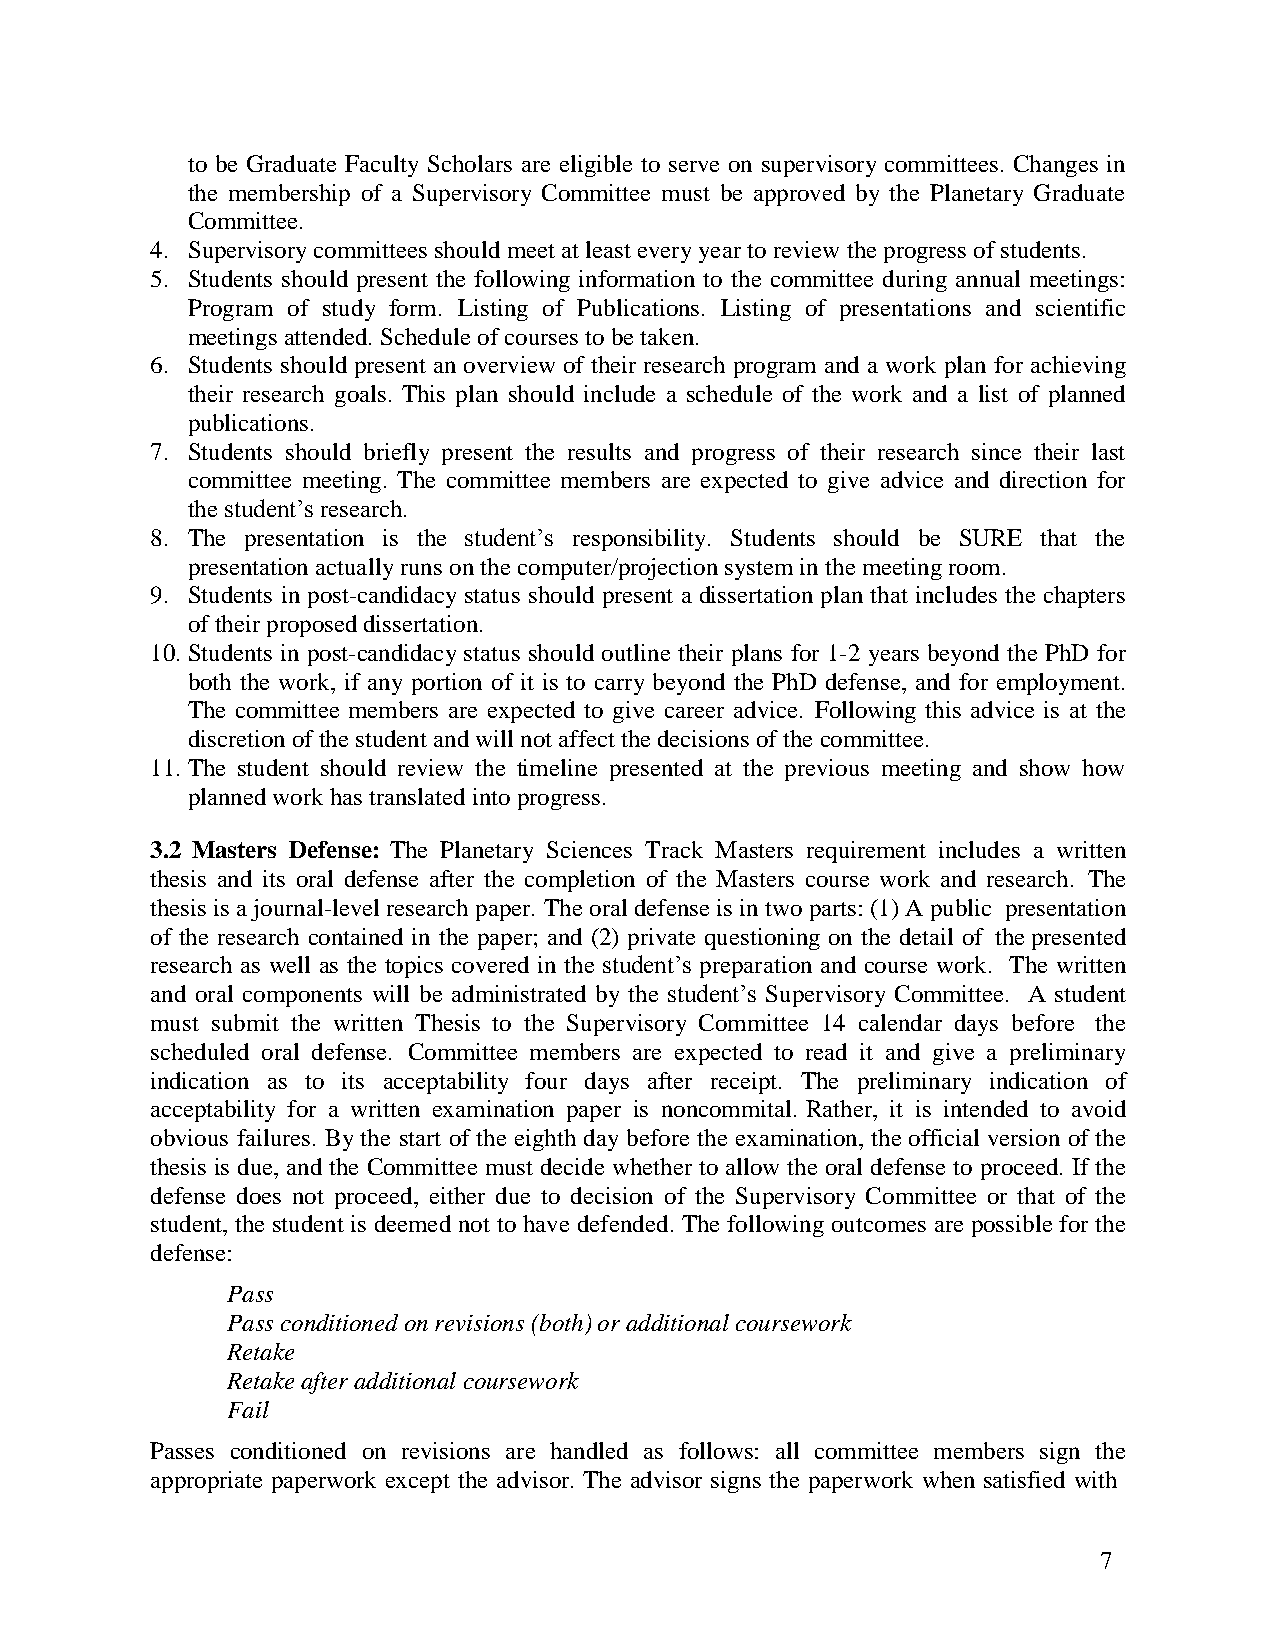
to be Graduate Faculty Scholars are eligible to serve on supervisory committees. Changes in
 the membership of a Supervisory Committee must be approved by the Planetary Graduate
 Committee.
 4. Supervisory committees should meet at least every year to review the progress of students.
 5. Students should present the following information to the committee during annual meetings:
 Program of study form. Listing of Publications. Listing of presentations and scientific
 meetings attended. Schedule of courses to be taken.
 6. Students should present an overview of their research program and a work plan for achieving
 their research goals. This plan should include a schedule of the work and a list of planned
 publications.
 7. Students should briefly present the results and progress of their research since their last
 committee meeting. The committee members are expected to give advice and direction for
 the student’s research.
 8. The presentation is the student’s responsibility. Students should be SURE that the
 presentation actually runs on the computer/projection system in the meeting room.
 9. Students in post-candidacy status should present a dissertation plan that includes the chapters
 of their proposed dissertation.
 10. Students in post-candidacy status should outline their plans for 1-2 years beyond the PhD for
 both the work, if any portion of it is to carry beyond the PhD defense, and for employment.
 The committee members are expected to give career advice. Following this advice is at the
 discretion of the student and will not affect the decisions of the committee.
 11. The student should review the timeline presented at the previous meeting and show how
 planned work has translated into progress.
 3.2 Masters Defense: The Planetary Sciences Track Masters requirement includes a written
 thesis and its oral defense after the completion of the Masters course work and research. The
 thesis is a journal-level research paper. The oral defense is in two parts: (1) A public presentation
 of the research contained in the paper; and (2) private questioning on the detail of the presented
 research as well as the topics covered in the student’s preparation and course work. The written
 and oral components will be administrated by the student’s Supervisory Committee. A student
 must submit the written Thesis to the Supervisory Committee 14 calendar days before the
 scheduled oral defense. Committee members are expected to read it and give a preliminary
 indication as to its acceptability four days after receipt. The preliminary indication of
 acceptability for a written examination paper is noncommital. Rather, it is intended to avoid
 obvious failures. By the start of the eighth day before the examination, the official version of the
 thesis is due, and the Committee must decide whether to allow the oral defense to proceed. If the
 defense does not proceed, either due to decision of the Supervisory Committee or that of the
 student, the student is deemed not to have defended. The following outcomes are possible for the
 defense:
 Pass
 Pass conditioned on revisions (both) or additional coursework
 Retake
 Retake after additional coursework
 Fail
 Passes conditioned on revisions are handled as follows: all committee members sign the
 appropriate paperwork except the advisor. The advisor signs the paperwork when satisfied with
 7